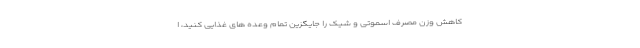
کاهش وزن مصرف اسموتی و شیک را جایگزین تمام وعده های غذایی کنید، ا